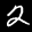
Label: 2